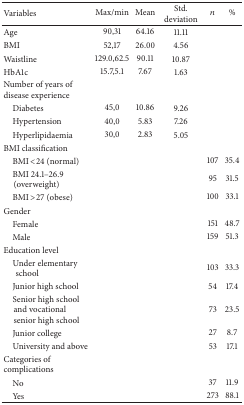
| Variables | Max/min | Mean | Std. deviation | n | % |
 | --- | --- | --- | --- | --- | --- |
 | Age | 90,31 | 64.16 | 11.11 |  |  |
 | BMI | 52,17 | 26.00 | 4.56 |  |  |
 | Waistline | 129.0,62.5 | 90.11 | 10.87 |  |  |
 | HbA1c | 15.7,5.1 | 7.67 | 1.63 |  |  |
 | Number of years of disease experience |  |  |  |  |  |
 | Diabetes | 45,0 | 10.86 | 9.26 |  |  |
 | Hypertension | 40,0 | 5.83 | 7.26 |  |  |
 | Hyperlipidaemia | 30,0 | 2.83 | 5.05 |  |  |
 | BMI classification |  |  |  |  |  |
 | BMI <24 (normal) |  |  |  | 107 | 35.4 |
 | BMI 24.1–26.9 (overweight) |  |  |  | 95 | 31.5 |
 | BMI >27 (obese) |  |  |  | 100 | 33.1 |
 | Gender |  |  |  |  |  |
 | Female |  |  |  | 151 | 48.7 |
 | Male |  |  |  | 159 | 51.3 |
 | Education level |  |  |  |  |  |
 | Under elementary school |  |  |  | 103 | 33.3 |
 | Junior high school |  |  |  | 54 | 17.4 |
 | Senior high school and vocational senior high school |  |  |  | 73 | 23.5 |
 | Junior college |  |  |  | 27 | 8.7 |
 | University and above |  |  |  | 53 | 17.1 |
 | Categories of complications |  |  |  |  |  |
 | No |  |  |  | 37 | 11.9 |
 | Yes |  |  |  | 273 | 88.1 |